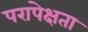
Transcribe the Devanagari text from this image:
परापेक्षता